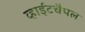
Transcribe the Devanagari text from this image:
व्हाईटचैपल